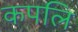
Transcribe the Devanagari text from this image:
कपलि